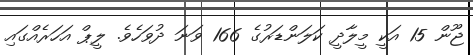
ޖޫން 15 އަކީ މީލާދީ ކަލަންޑަރުގެ 166 ވަނަ ދުވަހެވެ. ލީޕް އަހަރެއްގައި